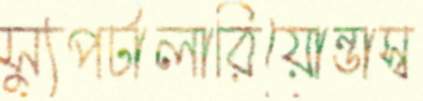
স্যুপটালারিয়োন্ডাস্ব